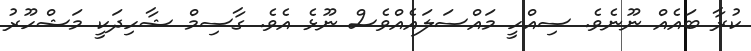
ކުރާ ބައެއް ނޫނެވެ. ސިއްހީ މައްސަލައެއްވެސް ނޫޅެ އެވެ. ގާސިމް ޝާހިދަކީ މަޝްހޫރު